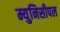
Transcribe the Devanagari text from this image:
म्युनिसीपल